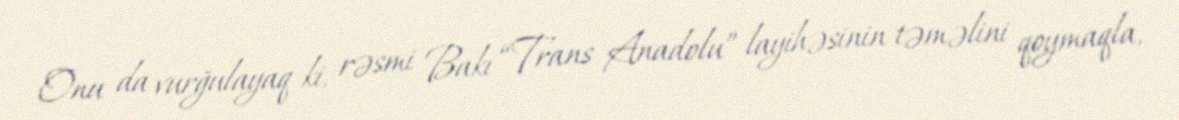
Onu da vurğulayaq ki, rəsmi Bakı “Trans Anadolu” layihəsinin təməlini qoymaqla,